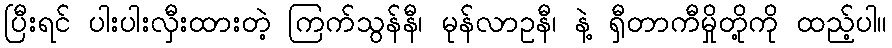
ပြီးရင် ပါးပါးလှီးထားတဲ့ ကြက်သွန်နီ၊ မုန်လာဥနီ၊ နဲ့ ရှီတာကီမှိုတို့ကို ထည့်ပါ။